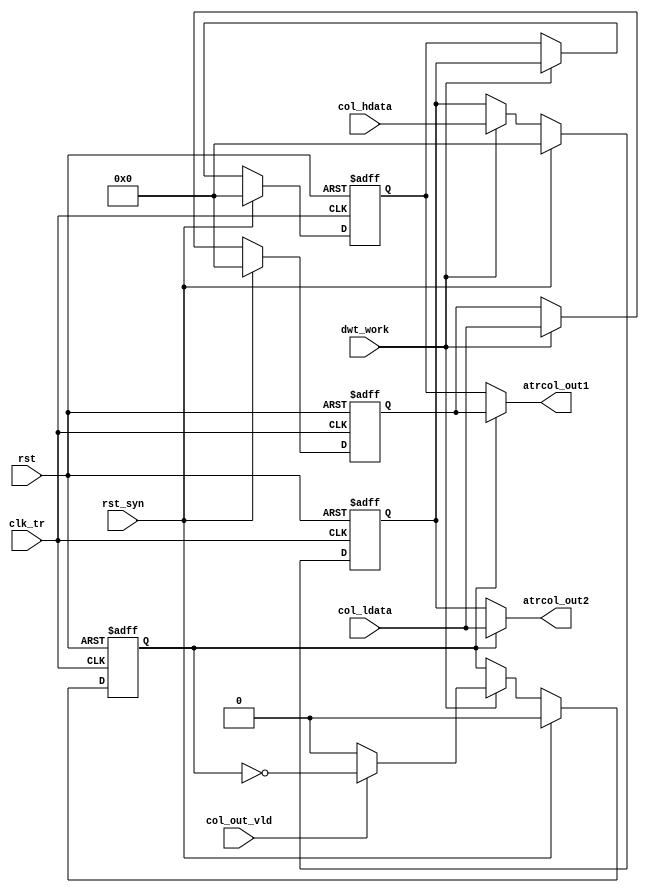
`timescale 1ns/10ps
module transpose( //output
                  atrcol_out1,
                  atrcol_out2,				  
                  //input
				  col_ldata,
				  col_hdata,
				  col_out_vld,
				  dwt_work,
				  clk_tr,
				  rst,
				  rst_syn);
				  
    output [15:0] atrcol_out1;
    output [15:0] atrcol_out2;
	input  [15:0] col_ldata;
	input  [15:0] col_hdata;
	input  col_out_vld;
	input  clk_tr;
	input  rst;
	input rst_syn;
	input dwt_work;
	
	reg [15:0] stage1_reg1;
	reg [15:0] stage1_reg2;
	
	always@(posedge clk_tr or negedge rst) begin
	    if(!rst) begin
		    stage1_reg1 <= 16'b0;
		end
		else if(rst_syn)begin
			stage1_reg1 <= 16'b0;
		end
		else if(dwt_work == 1'b1) begin
		    stage1_reg1 <= col_ldata;
		end
	end
	
	always@(posedge clk_tr or negedge rst) begin
	    if(!rst) begin
		    stage1_reg2 <= 16'b0;
		end
		else if(rst_syn)begin
			stage1_reg2 <= 16'b0;
		end
		else if(dwt_work == 1'b1) begin
		    stage1_reg2 <= col_hdata;
		end
	end
	
	reg [15:0] stage2_reg;
	
	always@(posedge clk_tr or negedge rst) begin
	    if(!rst) begin
		    stage2_reg <= 16'b0;
		end
		else if(rst_syn)begin
			stage2_reg <= 16'b0;
		end
		else if(dwt_work == 1'b1) begin
		    stage2_reg <= stage1_reg2;
		end
	end
	
   
    reg sel_cnt;
	
	always@(posedge clk_tr or negedge rst) begin
	    if(!rst) begin
		    sel_cnt <= 1'b0;
		end
		else if(rst_syn)begin
			sel_cnt <= 1'b0;
		end
		else if(dwt_work == 1'b1) begin
		        if(col_out_vld == 1'b1)begin
		           sel_cnt <= (sel_cnt ^ 1'b1);
		        end
		        else begin
		           sel_cnt <= 1'b0;
		        end
	    end
	end
	
	wire [15:0] atrcol_out1;
	wire [15:0] atrcol_out2;
	
	assign atrcol_out1 = (sel_cnt == 1'b1)?  stage1_reg1:stage2_reg;
	assign atrcol_out2 = (sel_cnt == 1'b1)?  col_ldata:stage1_reg2;
   
      
endmodule